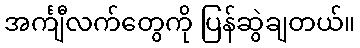
အင်္ကျီလက်တွေကို ပြန်ဆွဲချတယ်။